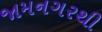
જામનગરથી